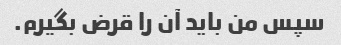
سپس من باید آن را قرض بگیرم.